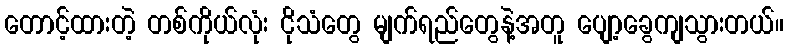
တောင့်ထားတဲ့ တစ်ကိုယ်လုံး ငိုသံတွေ မျက်ရည်တွေနဲ့အတူ ပျော့ခွေကျသွားတယ်။